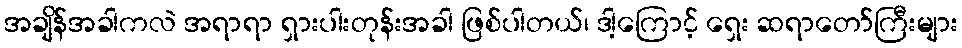
အချိန်အခါကလဲ အရာရာ ရှားပါးတုန်းအခါ ဖြစ်ပါတယ်၊ ဒါ့ကြောင့် ရှေး ဆရာတော်ကြီးများ